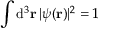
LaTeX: \int \mathrm { d } ^ { 3 } \mathbf { r } \, | \psi ( \mathbf { r } ) | ^ { 2 } = 1